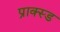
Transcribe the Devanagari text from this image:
प्राक्स्ड